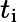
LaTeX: t_{\mathrm{i}}